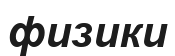
физики